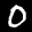
Label: 0